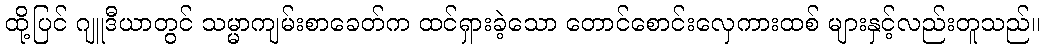
ထို့ပြင် ဂျူဒီယာတွင် သမ္မာကျမ်းစာခေတ်က ထင်ရှားခဲ့သော တောင်စောင်းလှေကားထစ် များနှင့်လည်းတူသည်။